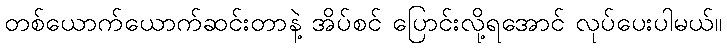
တစ်ယောက်ယောက်ဆင်းတာနဲ့ အိပ်စင် ပြောင်းလို့ရအောင် လုပ်ပေးပါမယ်။